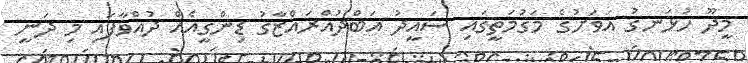
މީދޫ ހުޅަނގު އަވަށުގެ މަގުމަތީގައި ސައީދު އަބްދުއްރައްޒާގު ޑިންގީއެއް ދުއްވާފައި މި ދަނީ